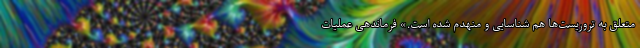
متعلق به تروریست‌ها هم شناسایی و منهدم شده است.» فرماندهی عملیات